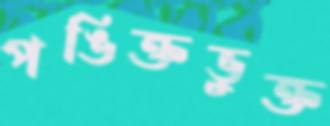
পঙিক্তভুক্ত